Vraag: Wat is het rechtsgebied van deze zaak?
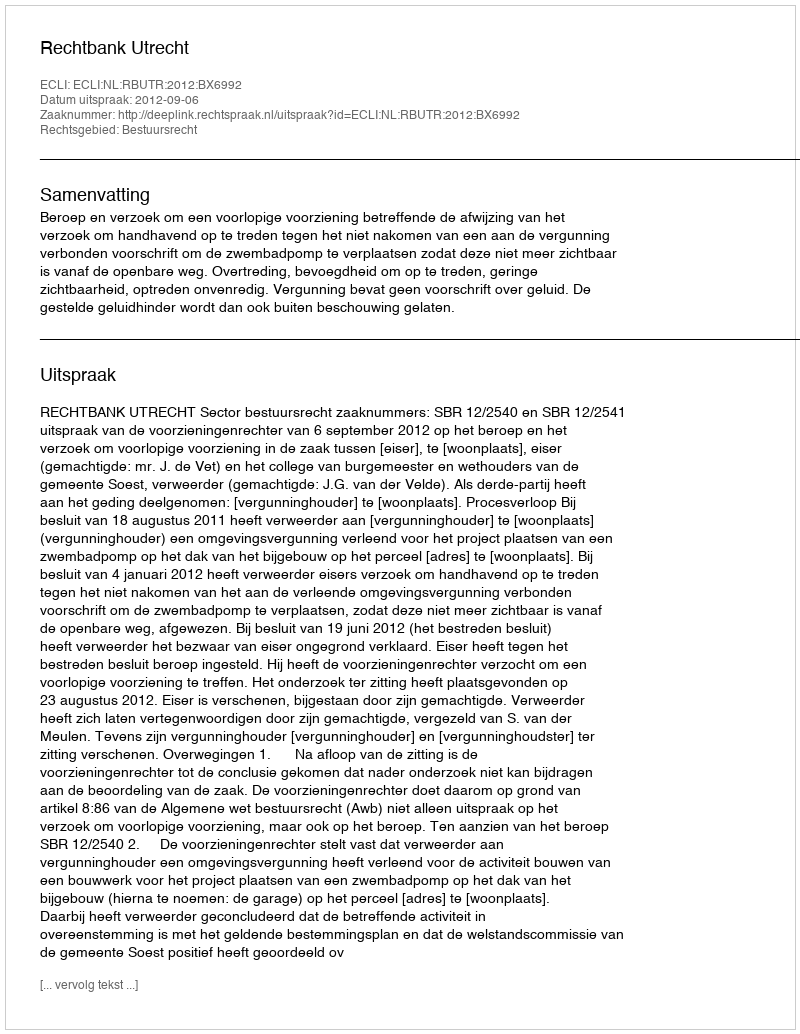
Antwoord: Bestuursrecht